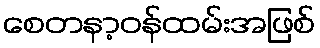
စေတနာ့ဝန်ထမ်းအဖြစ်